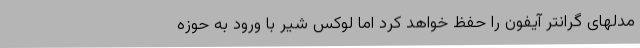
مدلهای گرانتر آیفون را حفظ خواهد کرد اما لوکس شیر با ورود به حوزه